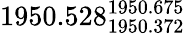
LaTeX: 1950.528_{1950.372}^{1950.675}